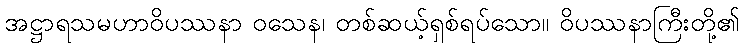
အဋ္ဌာရသမဟာဝိပဿနာ ဝသေန၊ တစ်ဆယ့်ရှစ်ရပ်သော။ ဝိပဿနာကြီးတို့၏